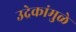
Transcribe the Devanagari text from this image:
उद्रेकांमुळे